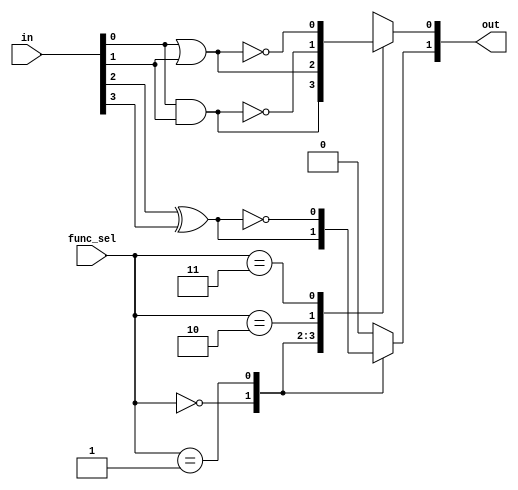
module comb_logic_block #(
    parameter N = 4, // Number of input signals
    parameter M = 2  // Number of output signals
)(
    input wire [N-1:0] in,      // Input signals
    input wire [M-1:0] func_sel, // Function selection for each output
    output reg [M-1:0] out      // Output signals
);

// Combinational Logic Functions
always @(*) begin
    case (func_sel)
        2'b00: out[0] = in[0] & in[1]; // AND
        2'b01: out[0] = in[0] | in[1]; // OR
        2'b10: out[0] = ~(in[0] & in[1]); // NAND
        2'b11: out[0] = ~(in[0] | in[1]); // NOR
        default: out[0] = 1'b0;
    endcase
    
    case (func_sel)
        2'b00: out[1] = in[2] ^ in[3]; // XOR
        2'b01: out[1] = ~(in[2] ^ in[3]); // XNOR
        // Additional combinations can be added here
        default: out[1] = 1'b0;
    endcase
end

endmodule